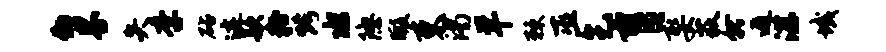
物界失季砧迹款粉烤水隐暇束渴羊棘巫乞肓娶荻就遁湛域